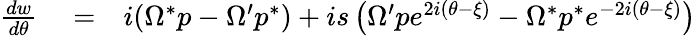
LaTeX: \begin{array}{rlr}{\frac{dw}{d\theta}}&{{}=}&{i(\Omega^{*}p-\Omega^{\prime}p^{*})+is\left(\Omega^{\prime}pe^{2i(\theta-\xi)}-\Omega^{*}p^{*}e^{-2i(\theta-\xi)}\right)}\end{array}